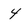
Character: 4